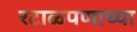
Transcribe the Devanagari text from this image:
रटाळपणाच्या